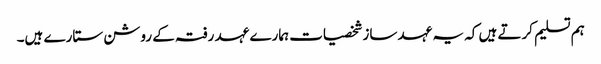
ہم تسلیم کرتے ہیں کہ یہ عہد ساز شخصیات ہمارے عہد رفتہ کے روشن ستارے ہیں۔